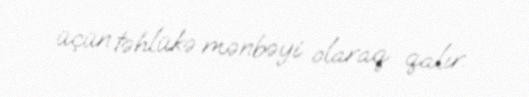
üçün təhlükə mənbəyi olaraq qalır.